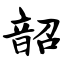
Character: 韶